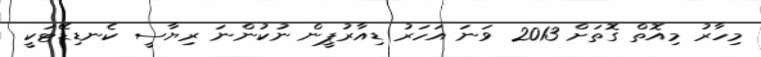
މިހާރު މިއޮތް ގޮތަށް 2013 ވަނަ އަހަރު ޑިއާރުޕީން ނުކުންނަ ރިޔާސީ ކެނޑިޑޭޓަކީ